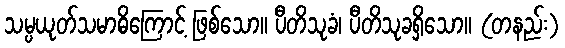
သမ္ပယုတ်သမာဓိကြောင့် ဖြစ်သော။ ပီတိသုခံ၊ ပီတိသုခရှိသော။ (တနည်း)